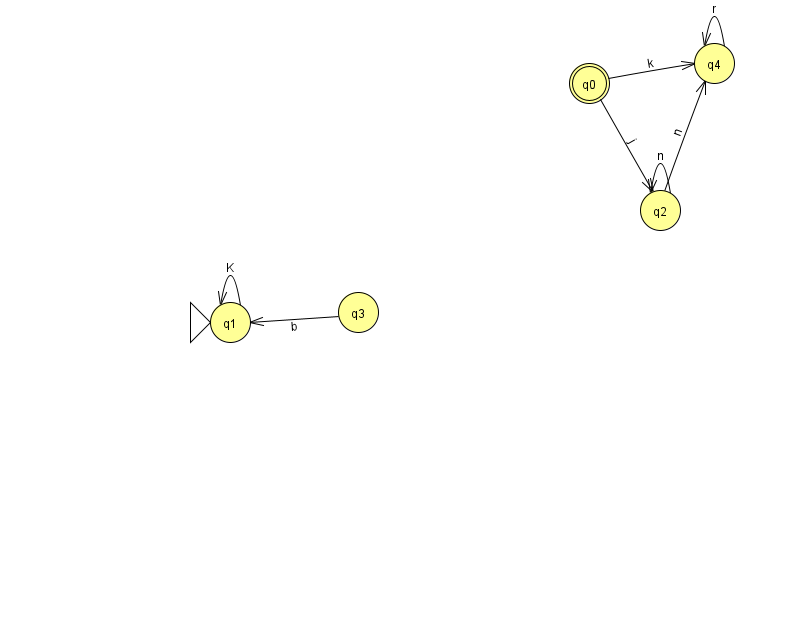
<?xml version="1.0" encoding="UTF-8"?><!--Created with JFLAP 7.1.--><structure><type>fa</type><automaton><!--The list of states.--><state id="0" name="q0"><x>589.0</x><y>70.0</y><final/></state><state id="1" name="q1"><x>230.0</x><y>309.0</y><initial/></state><state id="2" name="q2"><x>660.0</x><y>197.0</y></state><state id="3" name="q3"><x>358.0</x><y>299.0</y></state><state id="4" name="q4"><x>714.0</x><y>50.0</y></state><!--The list of transitions.--><transition><from>0</from><to>2</to><read>j</read></transition><transition><from>4</from><to>4</to><read>r</read></transition><transition><from>0</from><to>4</to><read>k</read></transition><transition><from>2</from><to>4</to><read>n</read></transition><transition><from>3</from><to>1</to><read>b</read></transition><transition><from>1</from><to>1</to><read>K</read></transition><transition><from>2</from><to>2</to><read>n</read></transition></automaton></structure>